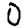
Digit: 0